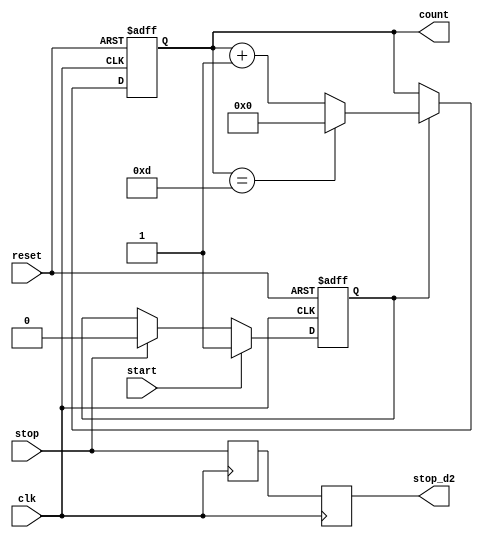

module sr_flop_and_counter (
    input  wire                clk,
    input  wire                reset,
    input  wire                start,
    input  wire                stop,
    output reg           [3:0] count,
    output reg                 stop_d2
);

// Drive enable_count
reg enable_count;
always @(posedge clk or posedge reset)
begin
    if (reset)
        enable_count <= 1'b0;
    else if (start)
        enable_count <= 1'b1;
    else if (stop)
        enable_count <= 1'b0;
end

// Counter
always @(posedge clk or posedge reset)
begin
    if (reset)
        count <= 4'd0;
    else if (enable_count) begin
        if (count == 4'd13)
            count <= 4'd0;
        else
            count <= count + 1;
    end
end

// Latch the stop signal 2 cycles back
reg stop_d1;
always @(posedge clk) begin
    stop_d1 <= stop;
    stop_d2 <= stop_d1;
end

endmodule